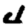
Digit: 4